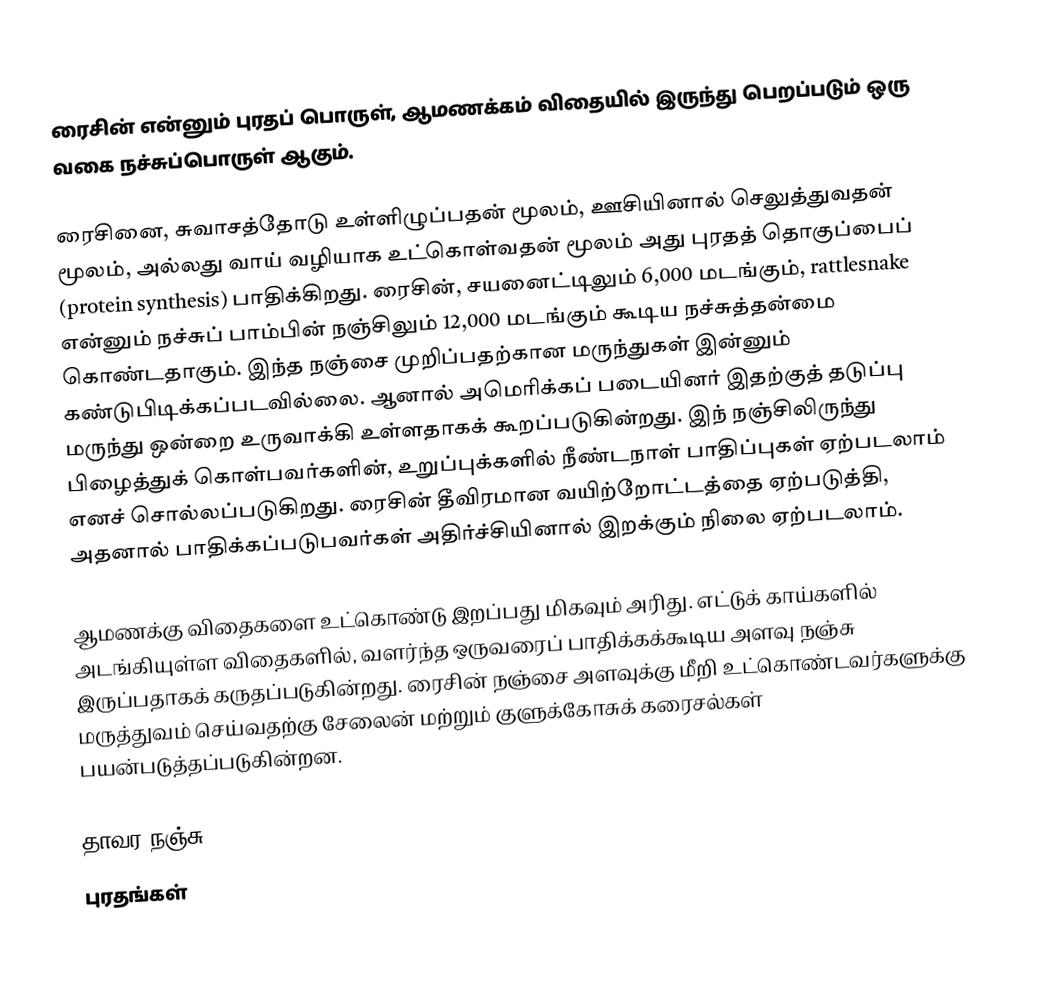
ரைசின் என்னும் புரதப் பொருள், ஆமணக்கம் விதையில் இருந்து பெறப்படும் ஒரு வகை நச்சுப்பொருள் ஆகும்.

ரைசினை, சுவாசத்தோடு உள்ளிழுப்பதன் மூலம், ஊசியினால் செலுத்துவதன் மூலம், அல்லது வாய் வழியாக உட்கொள்வதன் மூலம் அது புரதத் தொகுப்பைப் (protein synthesis) பாதிக்கிறது. ரைசின், சயனைட்டிலும் 6,000 மடங்கும், rattlesnake என்னும் நச்சுப் பாம்பின் நஞ்சிலும் 12,000 மடங்கும் கூடிய நச்சுத்தன்மை கொண்டதாகும். இந்த நஞ்சை முறிப்பதற்கான மருந்துகள் இன்னும் கண்டுபிடிக்கப்படவில்லை. ஆனால் அமெரிக்கப் படையினர் இதற்குத் தடுப்பு மருந்து ஒன்றை உருவாக்கி உள்ளதாகக் கூறப்படுகின்றது. இந் நஞ்சிலிருந்து பிழைத்துக் கொள்பவர்களின், உறுப்புக்களில் நீண்டநாள் பாதிப்புகள் ஏற்படலாம் எனச் சொல்லப்படுகிறது. ரைசின் தீவிரமான வயிற்றோட்டத்தை ஏற்படுத்தி, அதனால் பாதிக்கப்படுபவர்கள் அதிர்ச்சியினால் இறக்கும் நிலை ஏற்படலாம்.

ஆமணக்கு விதைகளை உட்கொண்டு இறப்பது மிகவும் அரிது. எட்டுக் காய்களில் அடங்கியுள்ள விதைகளில், வளர்ந்த ஒருவரைப் பாதிக்கக்கூடிய அளவு நஞ்சு இருப்பதாகக் கருதப்படுகின்றது. ரைசின் நஞ்சை அளவுக்கு மீறி உட்கொண்டவர்களுக்கு மருத்துவம் செய்வதற்கு சேலைன் மற்றும் குளுக்கோசுக் கரைசல்கள் பயன்படுத்தப்படுகின்றன.

தாவர நஞ்சு
புரதங்கள்